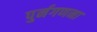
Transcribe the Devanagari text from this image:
पुर्नगणना